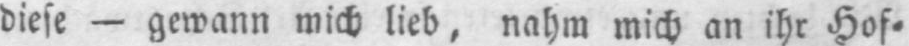
diese - gewann mich lieb, nahm mich an ihr Hof⸗